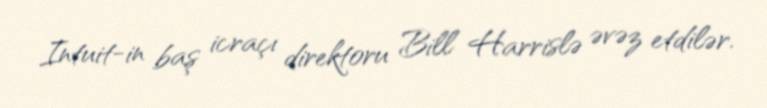
Intuit-in baş icraçı direktoru Bill Harrislə əvəz etdilər.